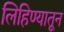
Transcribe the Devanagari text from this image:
लिहिण्यातून